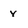
Character: y